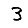
Digit: 3